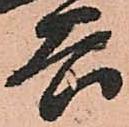
谷